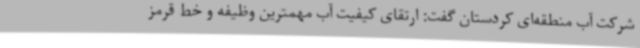
شرکت آب منطقه‌ای کردستان گفت: ارتقای کیفیت آب مهمترین وظیفه و خط قرمز